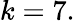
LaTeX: k=7.